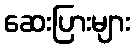
ဆေးပြားများ